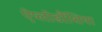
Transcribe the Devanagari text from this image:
ऐप्लोडौंशिया